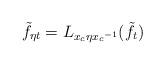
LaTeX: \begin{align*}\tilde{f}_{\eta t} = L_{x_c \eta {x_c}^{-1}}(\tilde{f}_t)\end{align*}